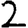
Digit: 2